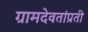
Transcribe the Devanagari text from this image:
ग्रामदेवतांप्रती